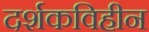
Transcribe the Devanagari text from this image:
दर्शकविहीन